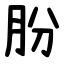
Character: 朌